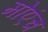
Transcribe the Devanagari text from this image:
मोएंच